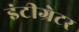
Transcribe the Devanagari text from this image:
इंटीग्रेटर